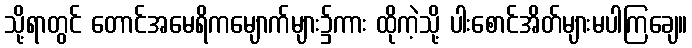
သို့ရာတွင် တောင်အမေရိကမျောက်များ၌ကား ထိုကဲ့သို့ ပါးစောင်အိတ်များမပါကြချေ။